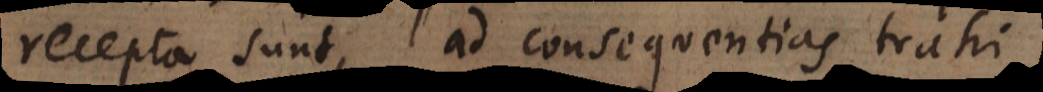
recepta sunt, ad consequentias trahi